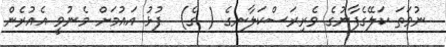
ނުވަތަ ކަލޭގެފާނުގެ ވެރިރަސްކަލާނގެ ( ގެ)  ފުޅު އައުމަށް މެނުވީ އެއުރެން